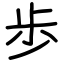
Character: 歩